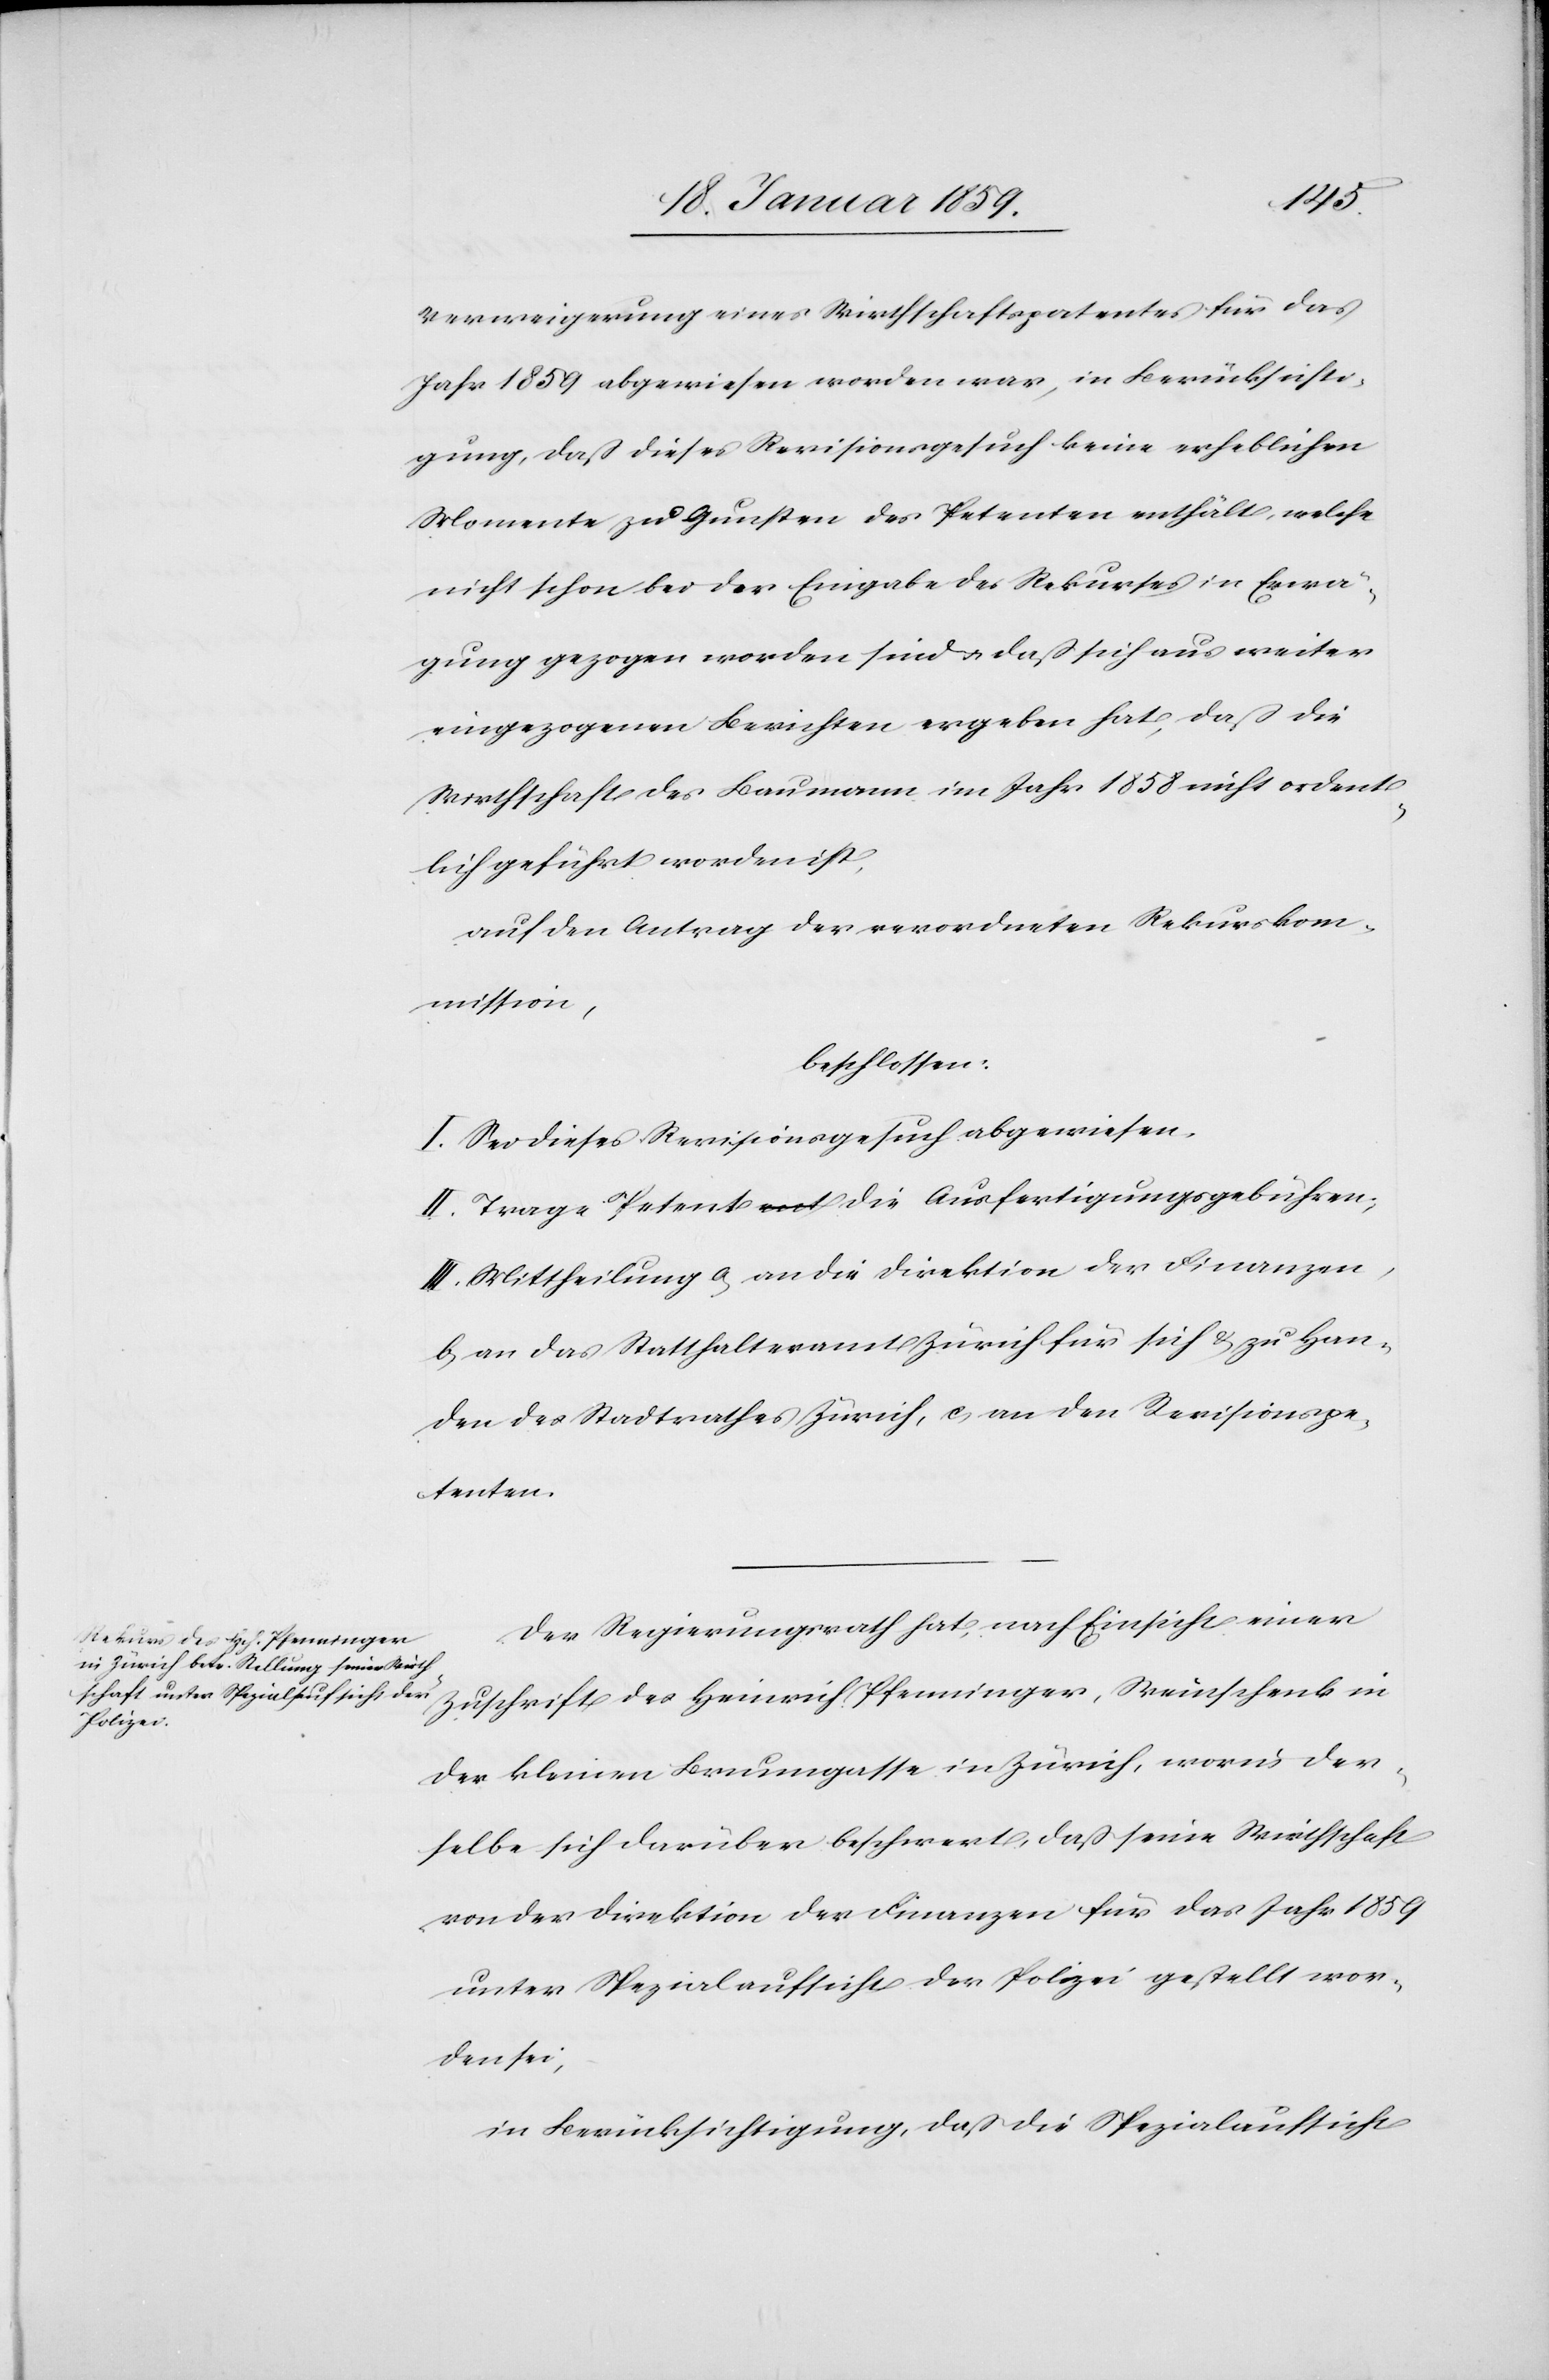
Verweigerung eines Wirthschaftspatentes für das
Jahr 1859 abgewiesen worden war, in Berücksichti¬
gung, daß dieses Revisionsgesuch keine erheblichen
Momente zu Gunsten des Petenten enthält, welche
nicht schon bei der Eingabe des Rekurses in Erwä¬
gung gezogen worden sind u. daß sich aus weiter
eingezogenen Berichten ergeben hat, daß die
Wirthschaft des Baumann im Jahr 1858 nicht ordent¬
lich geführt worden ist,
auf den Antrag der verordneten Rekurskom¬
mission,
beschlossen:
I. Sei dieses Revisionsgesuch abgewiesen.
II. Trage Petent die Ausfertigungsgebühren;
III. Mittheilung a, an die Direktion der Finanzen,
b, an das Statthalteramt Zürich für sich & zu Han¬
den des Stadtrathes Zürich, c, an den Revisionspe¬
tenten.
Der Regierungsrath hat, nach Einsicht einer
Zuschrift des Heinrich Pfenninger, Weinschenk in
der kleinen Brunngasse in Zürich, worin der¬
selbe sich darüber beschwert, daß seine Wirthschaft
von der Direktion der Finanzen für das Jahr 1859
unter Spezialaufsicht der Polizei gestellt wor¬
den sei,
in Berücksichtigung, daß die Spezialaufsicht